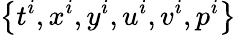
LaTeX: \left\{ t^{i},x^{i},y^{i},u^{i},v^{i},p^{i}\right\}